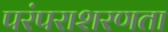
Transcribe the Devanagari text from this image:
परंपराशरणता